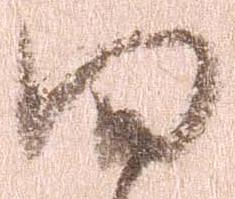
四